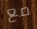
مع